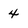
Character: 4